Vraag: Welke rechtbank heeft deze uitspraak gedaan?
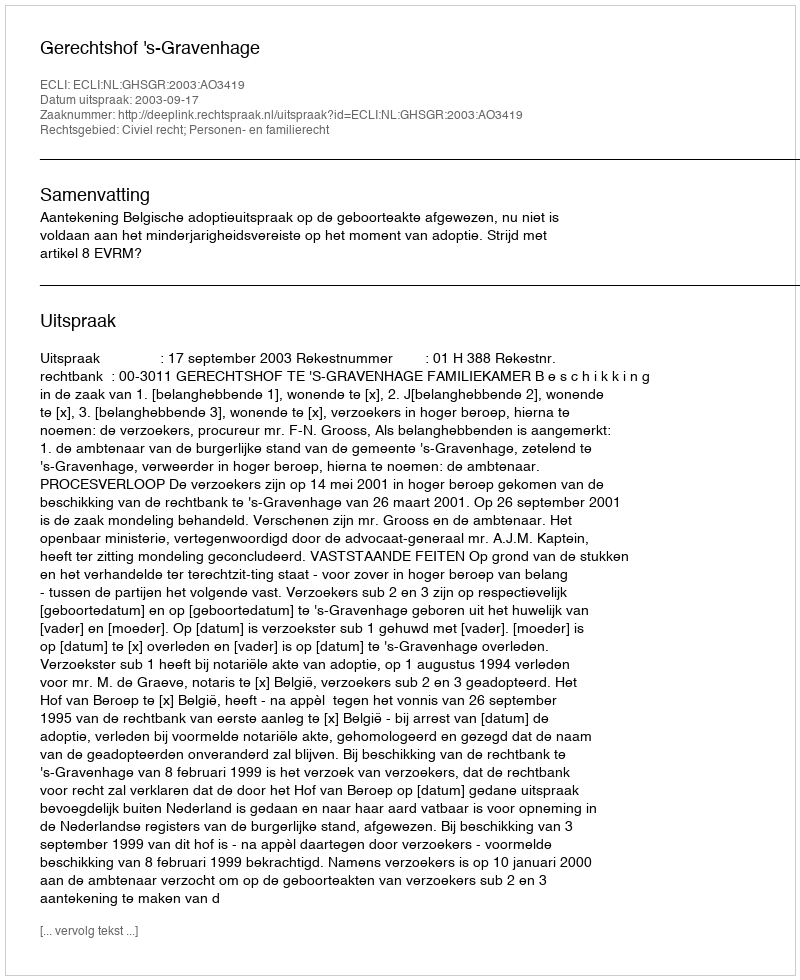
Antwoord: Gerechtshof 's-Gravenhage